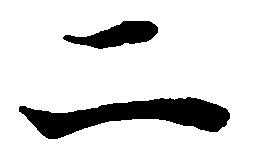
二